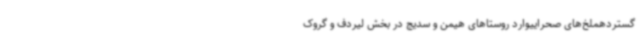
گستردهملخ‌های صحراییوارد روستاهای هیمن و سدیج در بخش لیردف و گروک